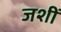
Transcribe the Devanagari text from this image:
जशीं